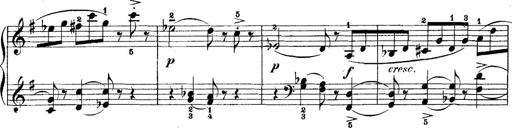
Title: 5 Sonatinas
Composer: Theodor Kirchner